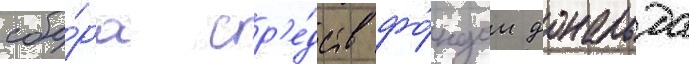
сбо́ра ср'е́дств фо́ндом дональда